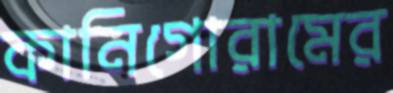
কানিগোরামের